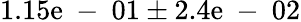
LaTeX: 1.15\mathrm{e}\mathrm{{~-~}}01\pm2.4\mathrm{e}\mathrm{{~-~}}02